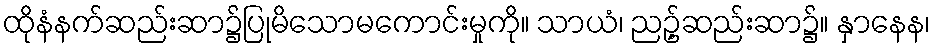
ထိုနံနက်ဆည်းဆာ၌ပြုမိသောမကောင်းမှုကို။ သာယံ၊ ညဥ့်ဆည်းဆာ၌။ နှာနေန၊